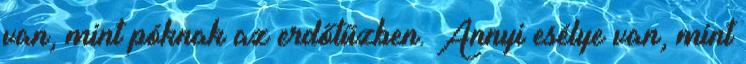
van, mint póknak az erdőtűzben. Annyi esélye van, mint